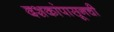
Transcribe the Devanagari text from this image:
दशकांपासूनची